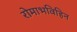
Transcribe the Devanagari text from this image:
रोमाभविहिन